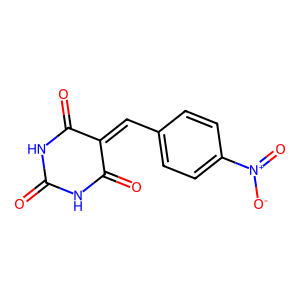
SMILES: O=C1NC(=O)C(=Cc2ccc([N+](=O)[O-])cc2)C(=O)N1
Inhibits HIV replication: No